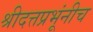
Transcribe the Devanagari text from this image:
श्रीदत्तप्रभूंनीच